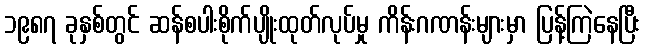
၁၉၈၇ ခုနှစ်တွင် ဆန်စပါးစိုက်ပျိုးထုတ်လုပ်မှု ကိန်းဂဏန်းများမှာ ပြန့်ကြဲနေပြီး